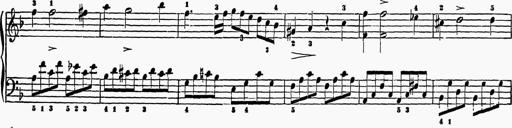
Title: 6 Sonatas
Composer: Muzio Clementi